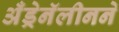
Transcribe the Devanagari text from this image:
अँड्रेनॅलीनने